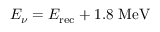
E _ { \nu } = E _ { \mathrm { r e c } } + 1 . 8 ~ \mathrm { M e V }